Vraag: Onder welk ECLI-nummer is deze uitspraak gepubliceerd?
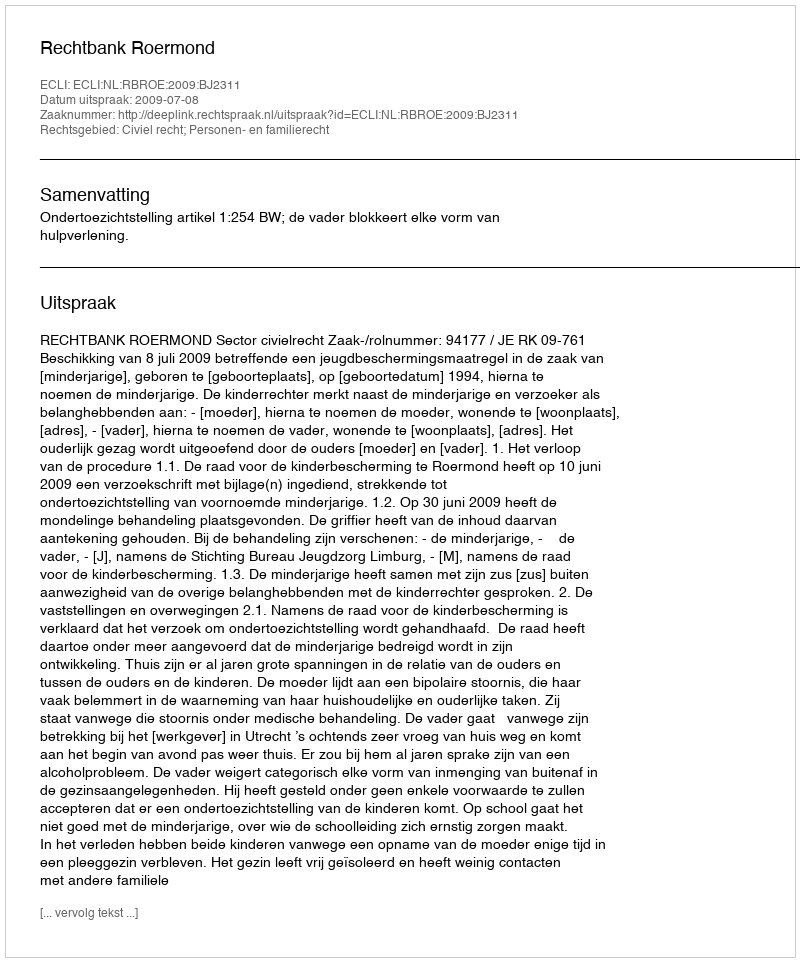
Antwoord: ECLI:NL:RBROE:2009:BJ2311